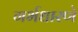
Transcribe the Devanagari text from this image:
गर्भधारणे